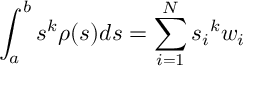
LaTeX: \int _ { a } ^ { b } s ^ { k } \rho ( s ) d s = \sum _ { i = 1 } ^ { N } { s _ { i } } ^ { k } w _ { i }